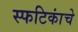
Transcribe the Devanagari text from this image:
स्फटिकांचे